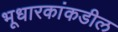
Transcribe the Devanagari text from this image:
भूधारकांकडील